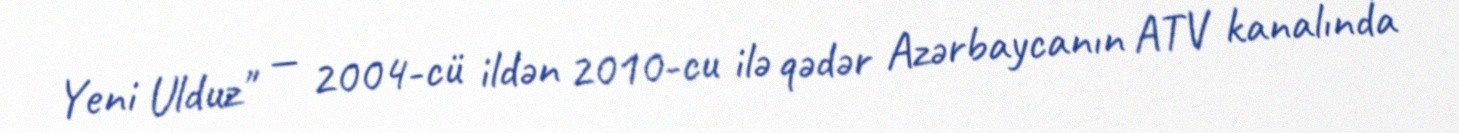
Yeni Ulduz" — 2004-cü ildən 2010-cu ilə qədər Azərbaycanın ATV kanalında